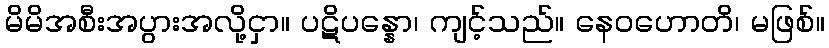
မိမိအစီးအပွားအလို့ငှာ။ ပဋိပန္နော၊ ကျင့်သည်။ နေဝဟောတိ၊ မဖြစ်။